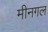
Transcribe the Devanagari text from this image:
मीनगल